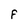
Character: F